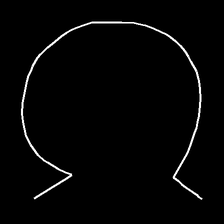
Glyph: weave